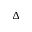
\Delta